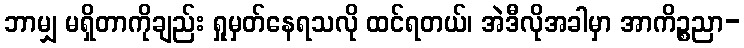
ဘာမျှ မရှိတာကိုချည်း ရှုမှတ်နေရသလို ထင်ရတယ်၊ အဲဒီလိုအခါမှာ အာကိဉ္စညာ-